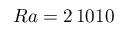
R a = 2 \, 1 0 1 0